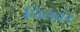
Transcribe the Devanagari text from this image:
निलवंडे